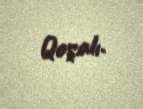
Qoşalı.